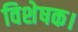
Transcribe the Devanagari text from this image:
विशेषक।